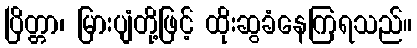
ပြိတ္တာ၊ မြားပျံတို့ဖြင့် ထိုးဆွခံနေကြရသည်။